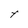
Character: Y